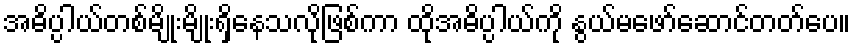
အဓိပ္ပါယ်တစ်မျိုးမျိုးရှိနေသလိုဖြစ်ကာ ထိုအဓိပ္ပါယ်ကို နွယ်မဖော်ဆောင်တတ်ပေ။